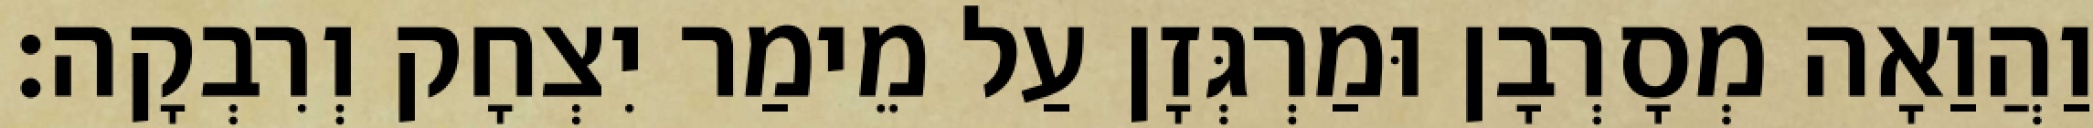
וַהֲוַאָה מְסָרְבָן וּמַרְגְּזָן עַל מֵימַר יִצְחָק וְרִבְקָה׃